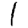
Digit: 1